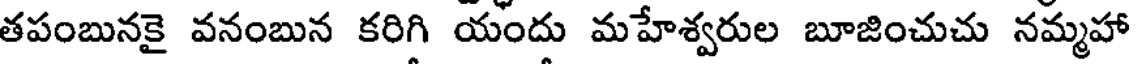
తపంబునకై వనంబున కరిగి యందు మహేశ్వరుల బూజించుచు నమ్మహా